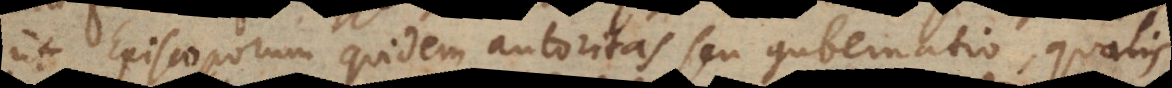
ut Episcoporum quidem autoritas seu gubernatio, qualis